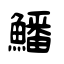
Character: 鱕